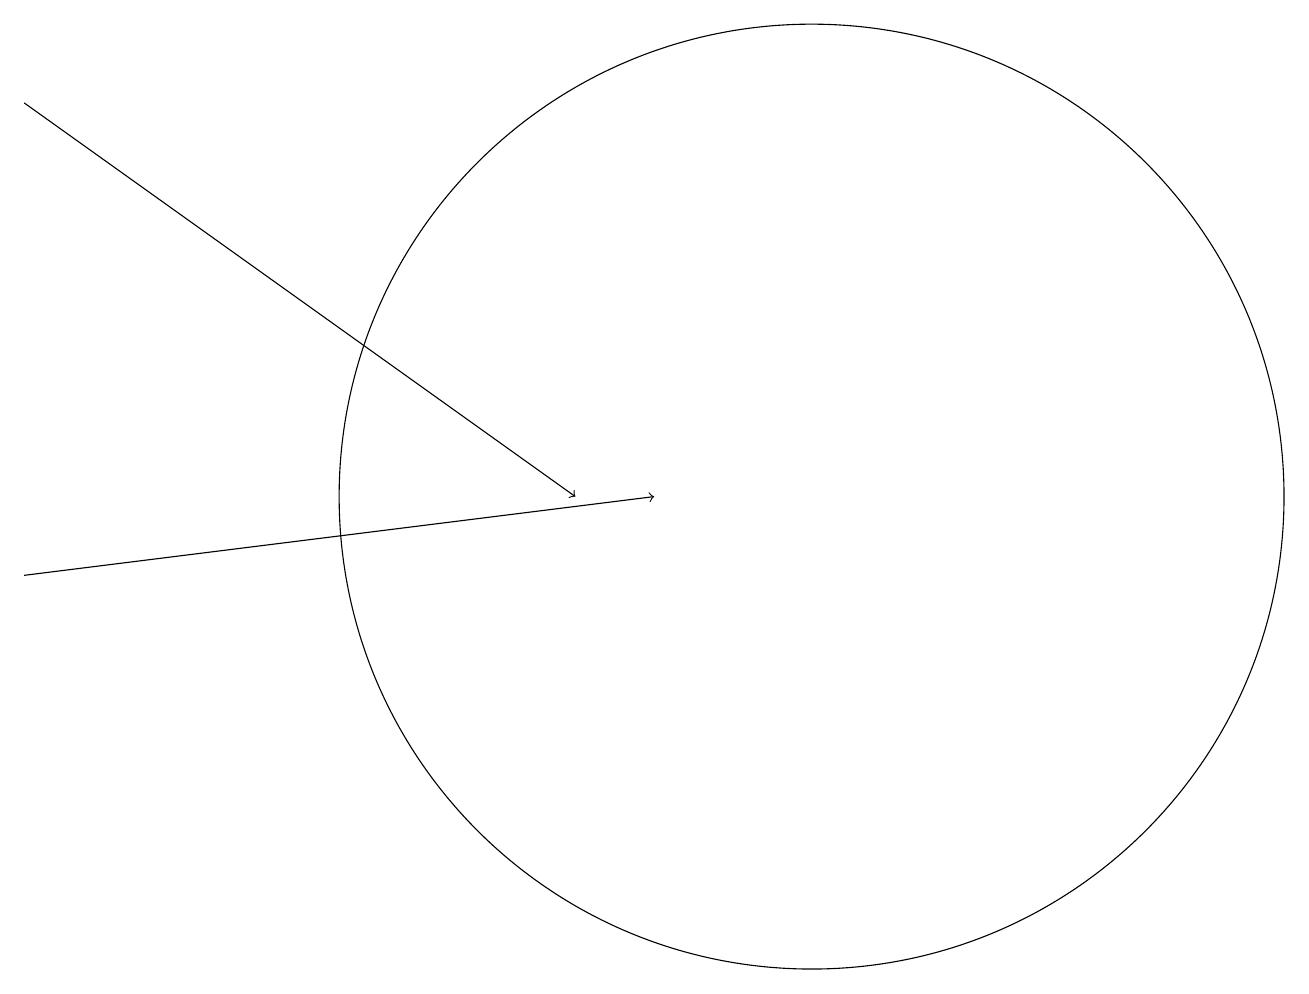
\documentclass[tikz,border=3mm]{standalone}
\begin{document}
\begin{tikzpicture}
\draw (11,12) circle (6);
\draw[->] (1,17) -- (8,12);
\draw[->] (1,11) -- (9,12);
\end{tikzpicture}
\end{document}